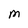
Character: M